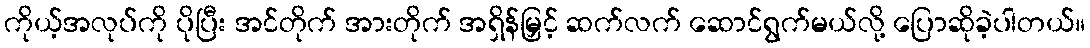
ကိုယ့်အလုပ်ကို ပိုပြီး အင်တိုက် အားတိုက် အရှိန်မြှင့် ဆက်လက် ဆောင်ရွက်မယ်လို့ ပြောဆိုခဲ့ပါတယ်။